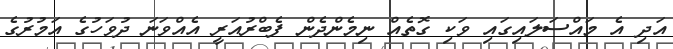
އަދި އެ މައްސަލައިގައި ވަކި ގޮތެއް ނިމެންދެން ފެބްރުއަރީ އެއްވަނަ ދުވަހުގެ އަމުރުގެ